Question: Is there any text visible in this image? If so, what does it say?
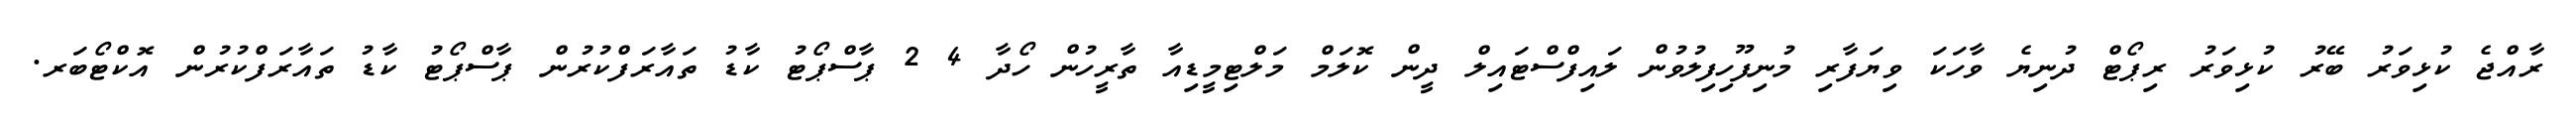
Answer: ރާއްޖެ ކުޅިވަރު ބޭރު ކުޅިވަރު ރިޕޯޓް ދުނިޔެ ވާހަކަ ވިޔަފާރި މުނިފޫހިފިލުވުން ލައިފްސްޓައިލް ދީން ކޮލަމް މަލްޓިމީޑިއާ ތާރީހުން ހޯދާ 4 2 ޕާސްޕޯޓު ކާޑު ތައާރަފްކުރުން ޕާސްޕޯޓު ކާޑު ތައާރަފްކުރުން އޮކްޓޯބަރ.